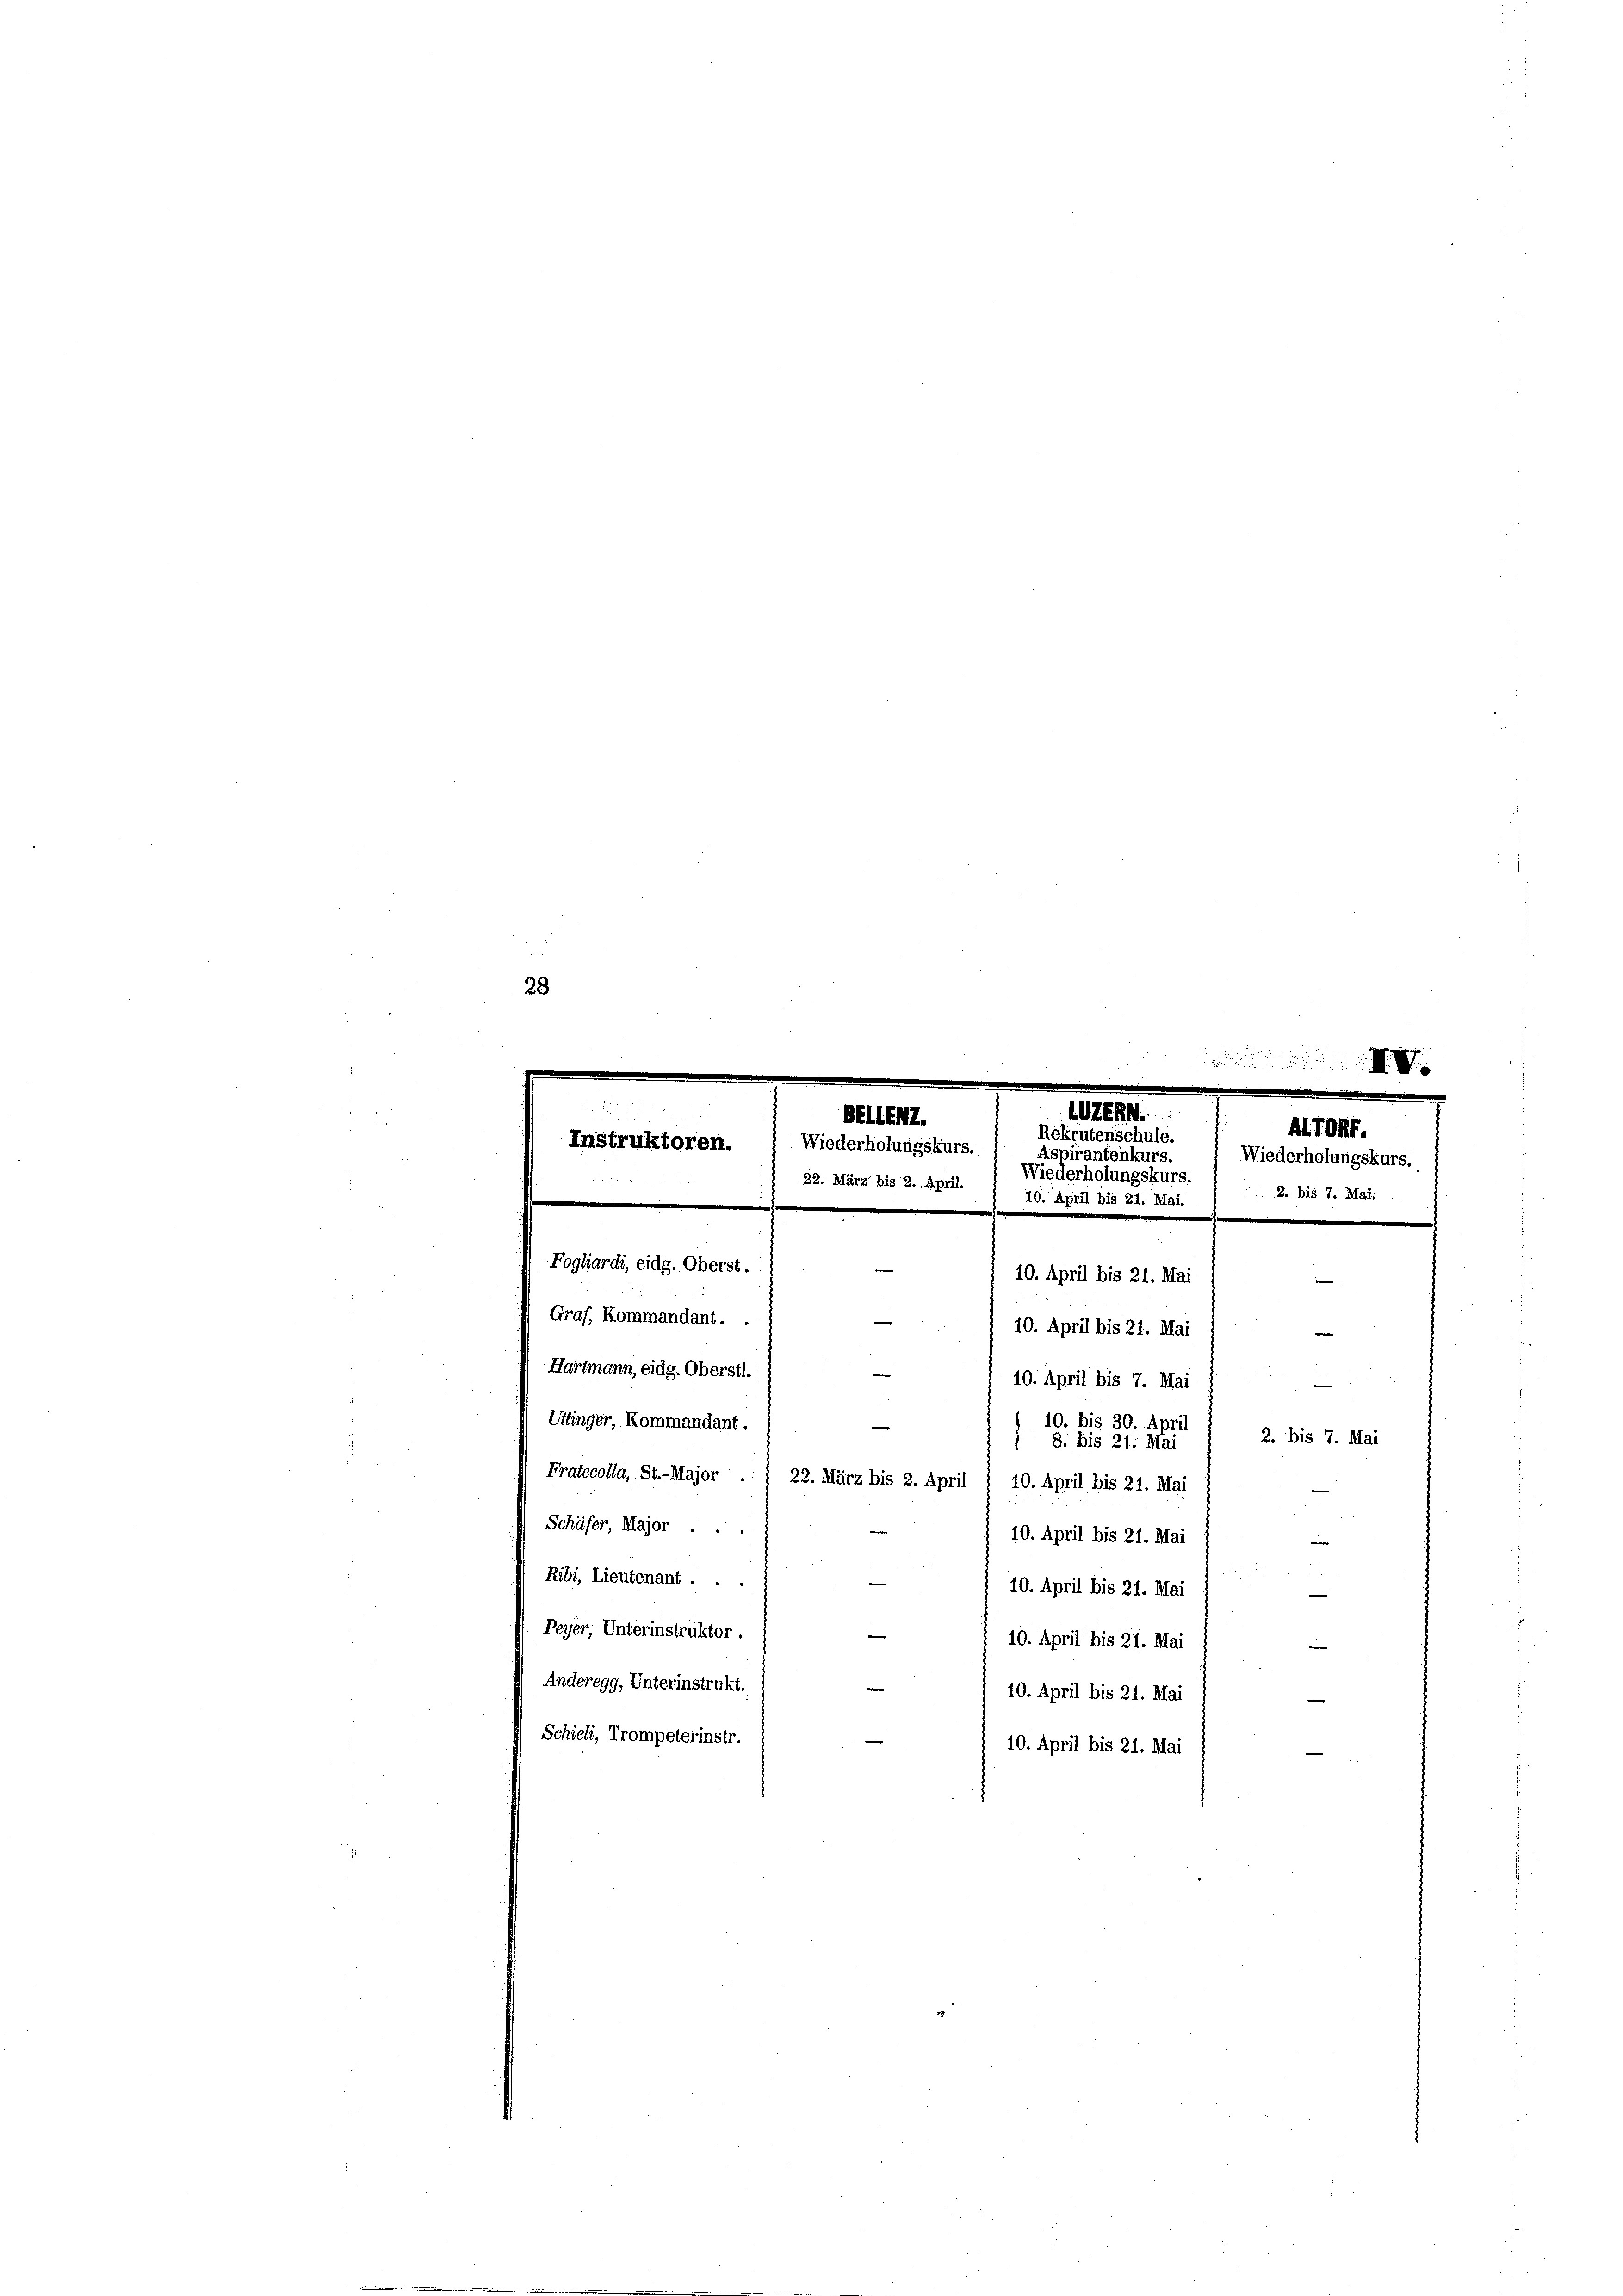
z
28
e

ZERN.
BELLENZ.
Rekrutenschule.
Instruktoren.
Wiederholungskurs.
Aspirantenkurs.
Wiederholungskurs.
22. März bis 2. April.

10. April bis 21. Mai.
e

Fogliardi, eidg. Oberst.
10. April bis 21. Mai
Graf, Kommandant. .
Hartmann, eidg. Oberstl.
Uttinger, Kommandant.
8. bis 21. Mai
Fratecolla, St.-Major . , 22. März bis 2. April 1 10. April bis 21. Mai
Schäfer, Major ..
10. April bis 21. Mai
Ribi, Lieutenant ...
10. April bis 21. Mai
Peyer, Unterinstruktor.
e
10. April bis 21. Mai
Anderegg, Unterinstrukt.
10. April bis 21. Mai
Schieli, Trompeterinstr.
10. April bis 21. Mai

10. April bis 21. Mai
10. April bis 7. Mai
10. bis 30. Apri

AlTOff.
Wiederholungskurs.

2.

7

2. bis 7. Mai